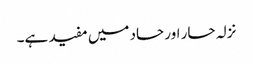
نزلہ حار اور حاد میں مفید ہے۔